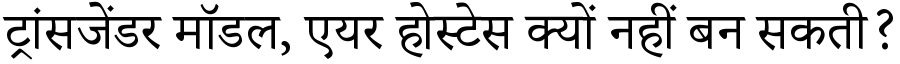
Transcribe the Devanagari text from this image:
ट्रांसजेंडर मॉडल, एयर होस्टेस क्यों नहीं बन सकती?